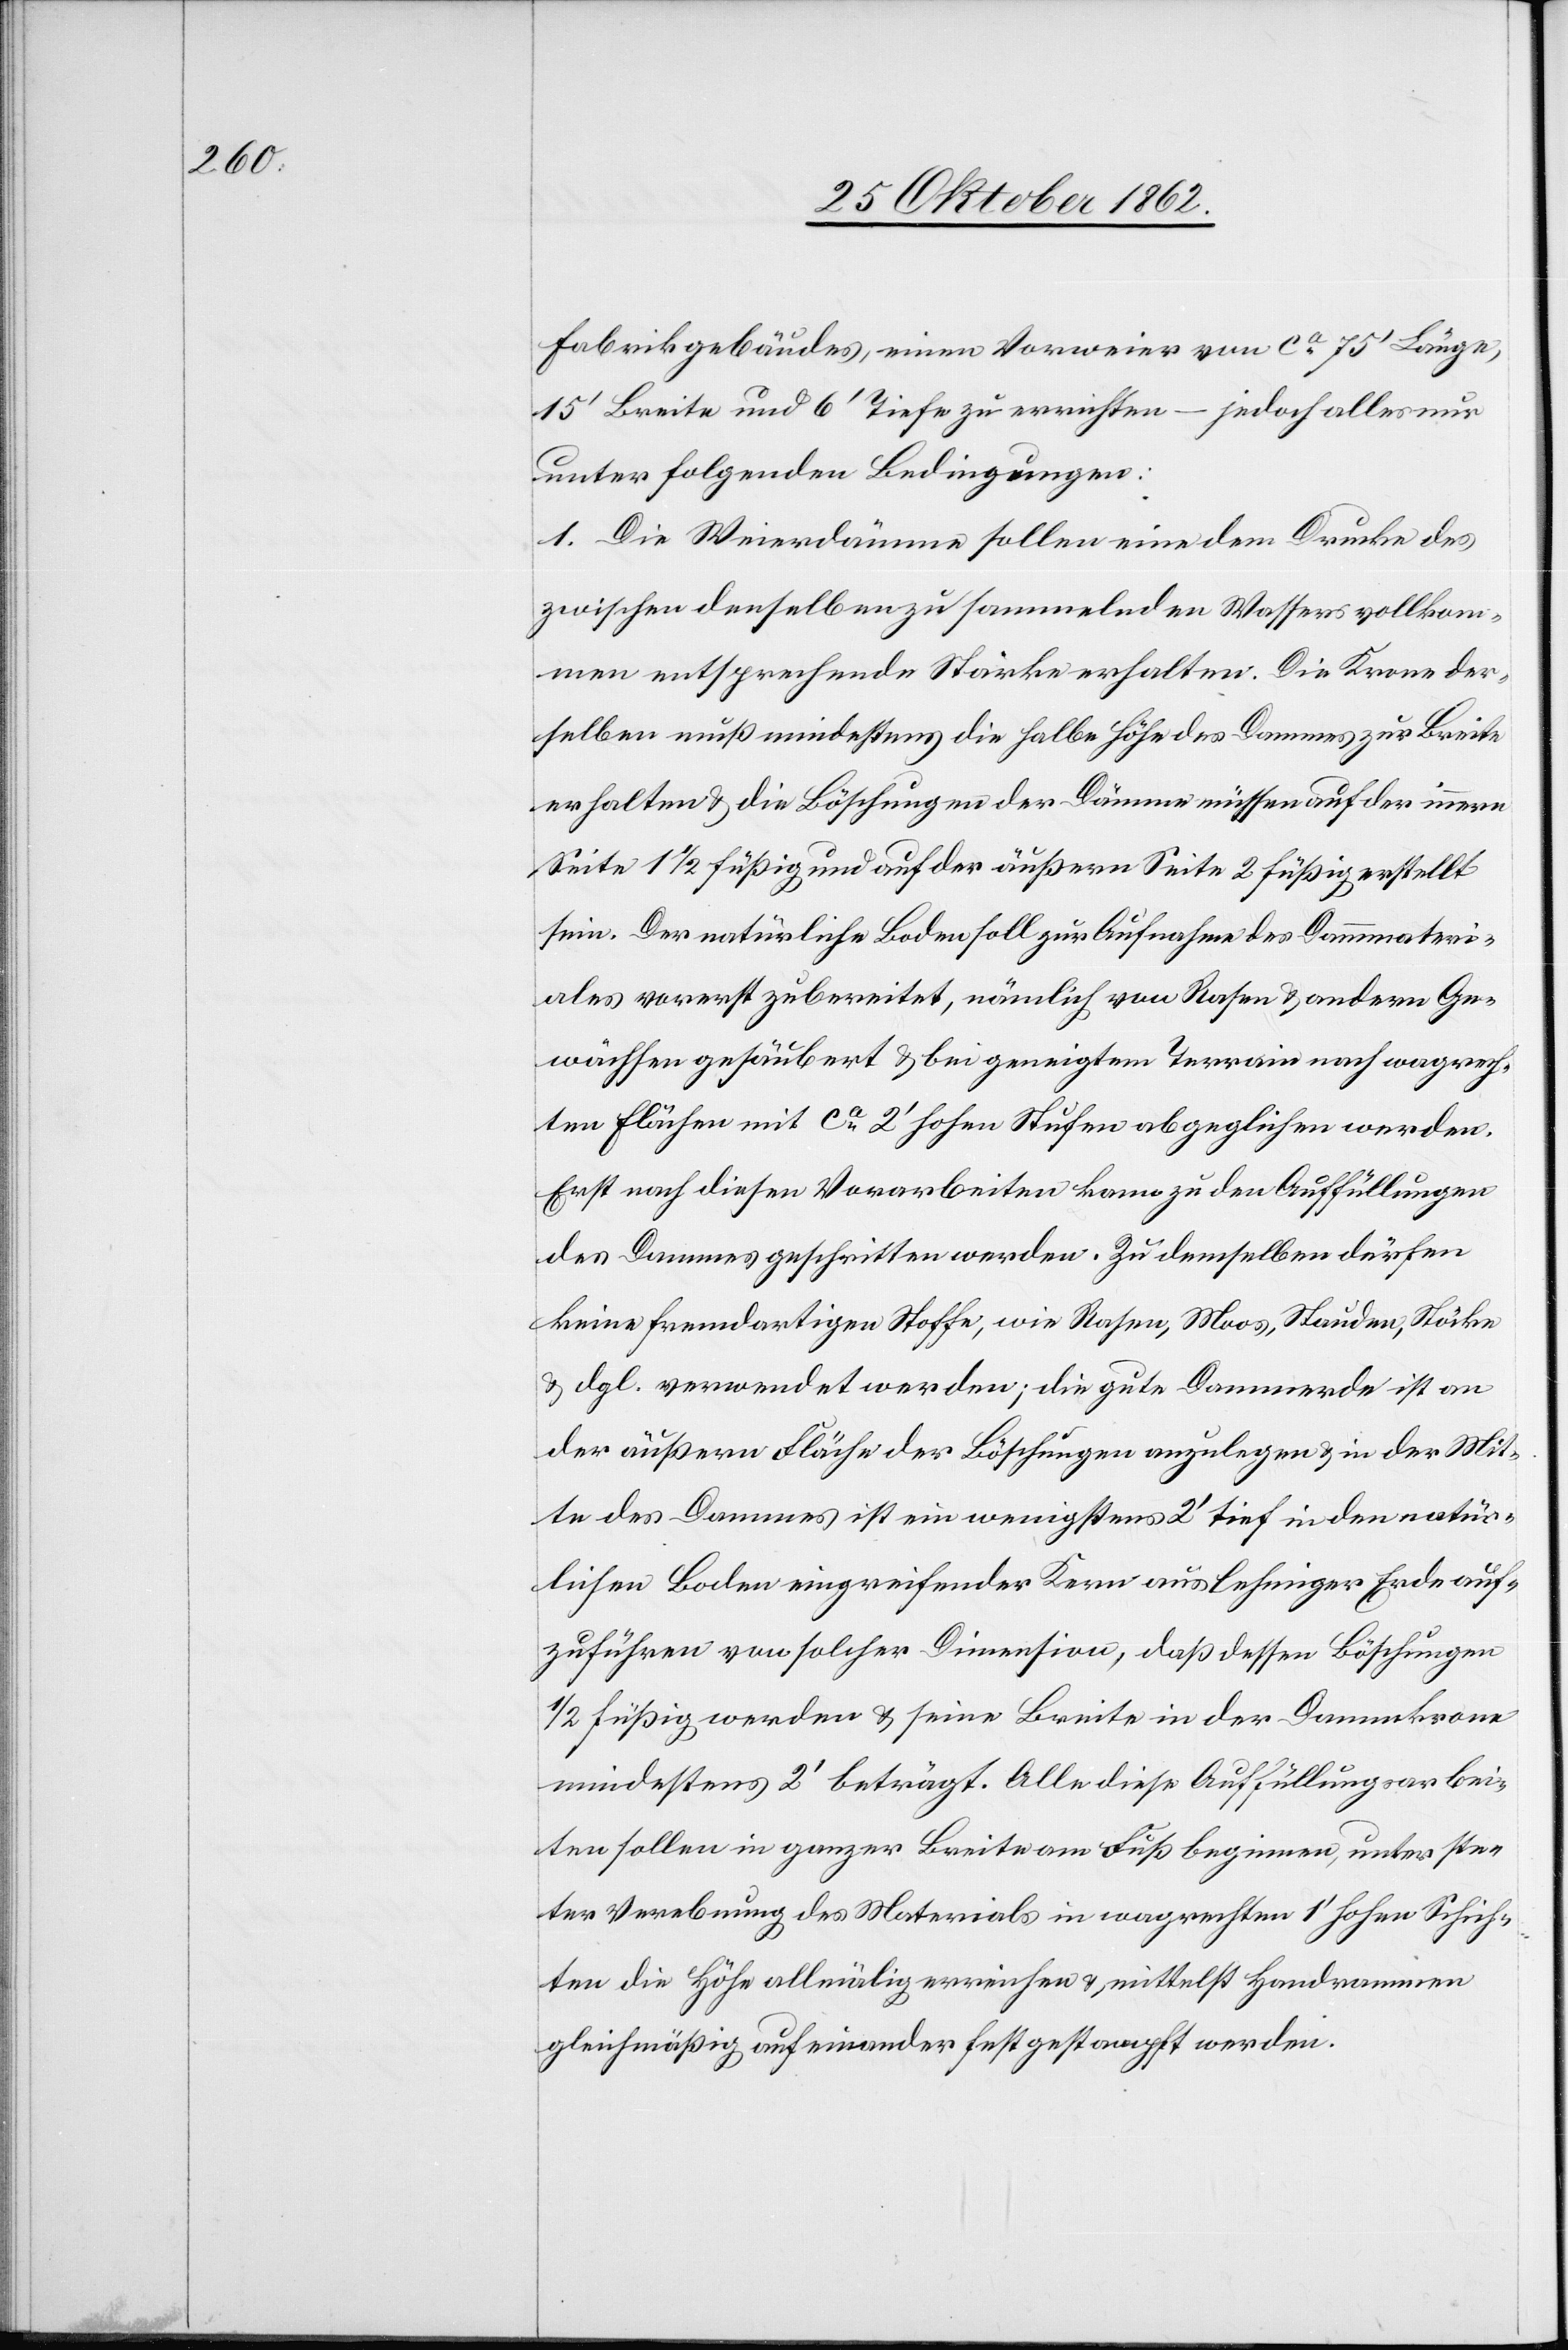
Fabrikgebäudes, einen Vorweier von ca 75’ Länge,
15’ Breite und 6’ Tiefe zu errichten – jedoch alles nur
unter folgenden Bedingungen:
1. Die Weierdämme sollen eine dem Drucke des
zwischen denselben zu sammelnden Wassers vollkom¬
men entsprechende Stärke erhalten. Die Krone der¬
selben muß mindestens die halbe Höhe des Dammes zur Breite
erhalten u. die Böschungen der Dämme müssen auf der innern
Seite 1 1/2 füßig und auf der äußern Seite 2 füßig erstellt
sein. Der natürliche Boden soll zur Aufnahme des Dammmateri¬
ales vorerst zubereitet, nämlich vom Rasen u. andern Ge¬
wächsen gesäubert u. bei geneigtem Terrain nach wagrech¬
ten Flächen mit ca 2’ hohen Stufen abgeglichen werden.
Erst nach diesen Vorarbeiten kann zu den Auffüllungen
des Dammes geschritten werden. Zu demselben dürfen
keine fremdartigen Stoffe, wie Rasen, Moos, Stauden, Stöcke
u. dgl. verwendet werden; die gute Dammerde ist an
der äußern Fläche der Böschungen anzulegen u. in der Mit¬
te des Dammes ist ein wenigstens 2’ tief in den natür¬
lichen Boden eingreifender Kern aus lehmiger Erde auf¬
zuführen von solcher Dimension, daß dessen Böschungen
1/2 füßig werden u. seine Breite in der Dammkrone
mindestens 2’ beträgt. Alle diese Auffüllungsarbei¬
ten sollen in ganzer Breite am Fuß beginnen, unter ste¬
ter Verebnung des Materials in wagrechten 1’ hohen Schich¬
ten die Höhe allmälig erreichen u. mittelst Handrammen
gleichmäßig auf einander fest gestapft werden.